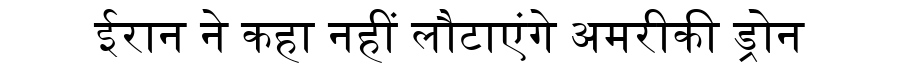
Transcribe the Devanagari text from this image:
ईरान ने कहा नहीं लौटाएंगे अमरीकी ड्रोन